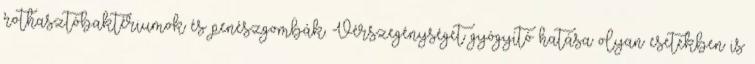
rothasztóbaktériumok és penészgombák. Vérszegénységet gyógyító hatása olyan esetekben is